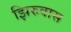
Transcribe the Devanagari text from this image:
झिरुवास